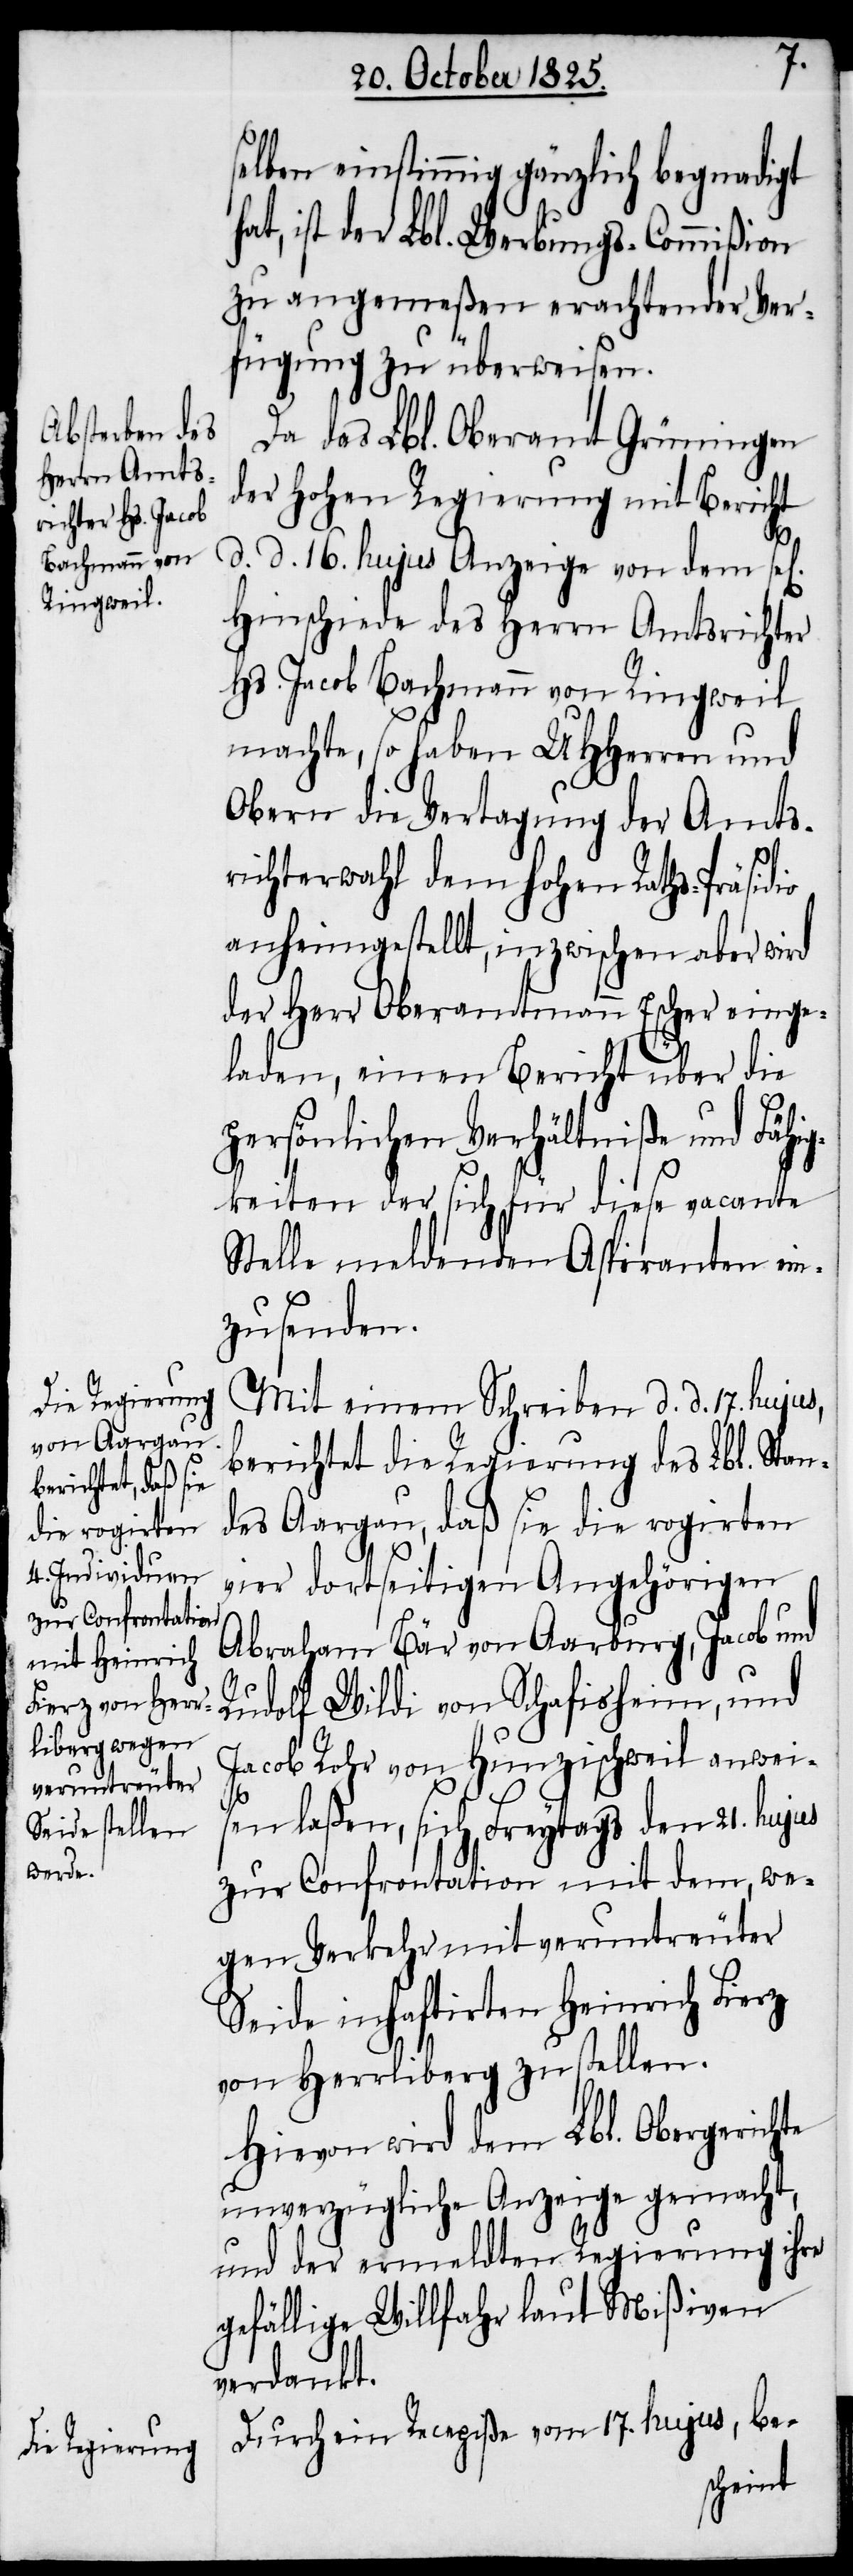
selben einstimmig gänzlich begnadigt
ist der Lbl. Werbungs-Commißion
zu angemeßen erachtender Ver¬
fügung zu überweisen.
Da das Lbl. Oberamt Grüningen
der hohen Regierung mit Bericht
d. d. 16. hujus Anzeige von dem se[l¬
Hinschiede des Herrn Amtsrichter
Hs. Jacob Bachmann von Ringweil
machte, so haben UHHerren und
Obern die Vertagung der Amts¬
richterwahl dem hohen Raths-Präsidio
anheimgestellt, inzwischen aber wird
der Herr Oberamtmann Escher einge¬
laden, einen Bericht über die
persönlichen Verhältniße und Fähig¬
keiten der sich für diese vacante
Stelle meldenden Aspiranten ein¬
zusenden.
Mit einem Schreiben d. d. 17. hujus,
berichtet die Regierung des Lbl. Stan¬
des Aargau, daß sie die rogirten
vier dortseitigen Angehörigen
Abraham Bär von Aarburg, Jacob und
Rudolf Wildi von Schafisheim, und
Jacob Rohr von Hunzischweil anwei¬
sen laßen, sich Freytags den 21. hujus
zur Confrontation mit dem, we¬
gen Verkehr mit veruntreuter
Seide inhaftirten Heinrich Fierz
von Herrliberg zu stellen.
Hievon wird dem Lbl. Obergerichte
unverzügliche Anzeige gemacht,
und der ermeldten Regierung ihre
gefällige Willfahr laut Mißiven
verdankt.
Durch ein Recepiße vom 17. hujus, be-
igen]